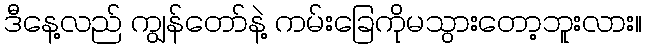
ဒီနေ့လည် ကျွန်တော်နဲ့ ကမ်းခြေကိုမသွားတော့ဘူးလား။